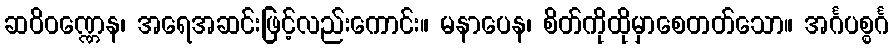
ဆဝိဝဏ္ဏေန၊ အရေအဆင်းဖြင့်လည်းကောင်း။ မနာပေန၊ စိတ်ကိုထိုမှာစေတတ်သော။ အင်္ဂပစ္စင်္ဂ